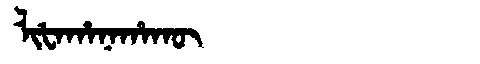
Manchu: ᠯᡳᡶᠠᡥᠠᠨᠠᡥᠠᡴᡡ
Romanization: LIFAHANAHAKŪ